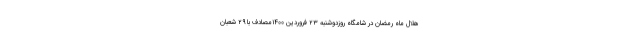
هلال ماه رمضان در شامگاه روزدوشنبه ۲۳ فروردین ۱۴۰۰مصادف با ۲۹ شعبان